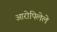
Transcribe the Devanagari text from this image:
आरोपिलेले